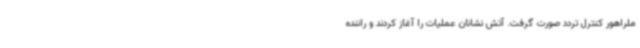
ملراهور کنترل تردد صورت گرفت. آتش نشانان عملیات را آغاز کردند و راننده